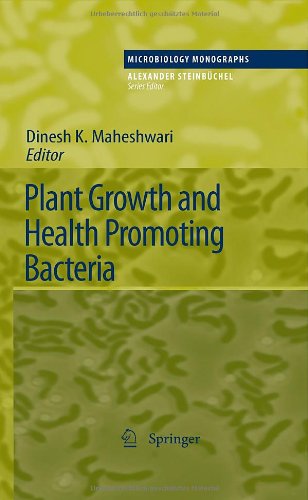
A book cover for Plant Growth and Health Promoting Bacteria (Microbiology Monographs); Medical Books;